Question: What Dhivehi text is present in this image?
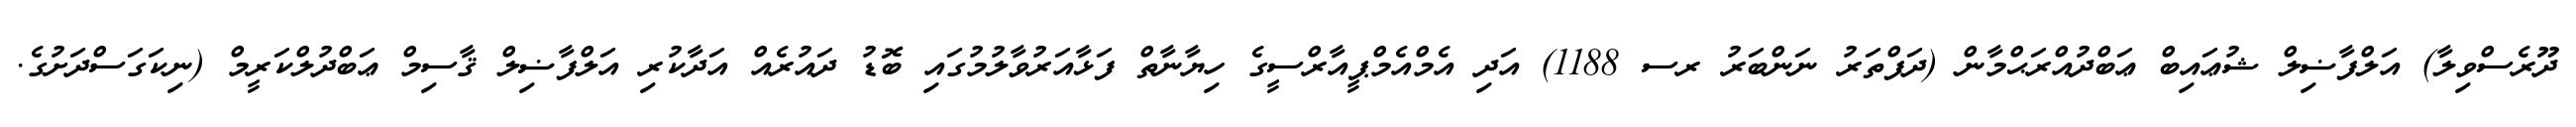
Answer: ދޫރެސްވިލާ) އަލްފާޟިލް ޝުޢައިބް ޢަބްދުއްރަޙްމާން (ދަފްތަރު ނަންބަރު ރސ 1188) އަދި އެމްއެމްޕީއާރްސީގެ ހިޔާނާތް ފަޅާއަރުވާލުމުގައި ބޮޑު ދައުރެއް އަދާކުރި އަލްފާޟިލް ޤާސިމް ޢަބްދުލްކަރީމް (ނިކަގަސްދަށުގެ.